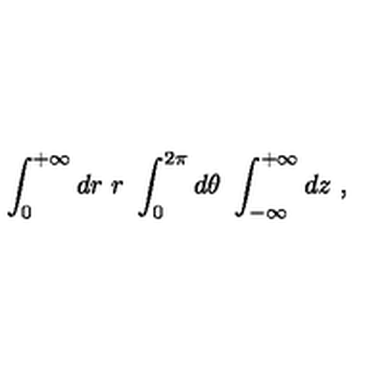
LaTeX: \int _ { 0 } ^ { + \infty } d r \ r \ \int _ { 0 } ^ { 2 \pi } d \theta \ \int _ { - \infty } ^ { + \infty } d z \ ,